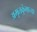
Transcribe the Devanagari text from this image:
अमृतकुंभाच्या